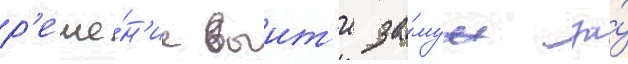
р'еше́н'ие выит'и за́муж за́